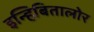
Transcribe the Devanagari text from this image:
इन्हिबितालोर